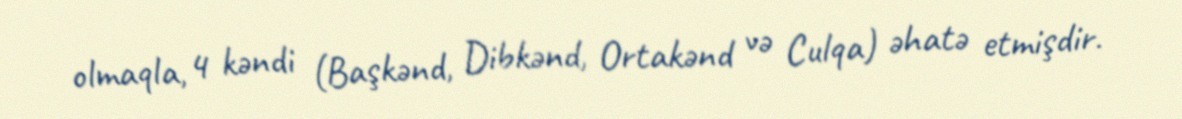
olmaqla, 4 kəndi (Başkənd, Dibkənd, Ortakənd və Culqa) əhatə etmişdir.